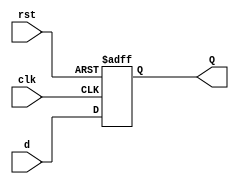
module FSM_state_register(d,clk,rst,Q);
	input[3:0] d;
	input clk,rst;
	output reg[3:0] Q;	
	
	always @ (posedge clk or posedge rst ) begin
		if (rst==1'b1) begin
			Q <= 4'b0;

		end
		else begin
			Q <= d;
		end
	end
				
endmodule